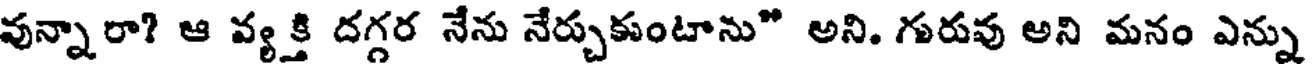
వున్నారా? ఆ వ్యక్తి దగ్గర నేను నేర్చుకుంటాను" అని. గురువు అని మనం ఎన్ను